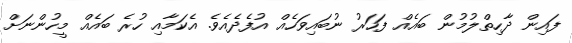
ފައިން ދާހިތްލުމުން ބައެއް ފަހަރު ނުބައިވަހެއް އުފެދެއެވެ. އެކަމާއި ހުރެ ބައެއް މީހުންނަށް